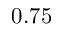
0 . 7 5